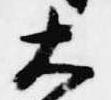
大